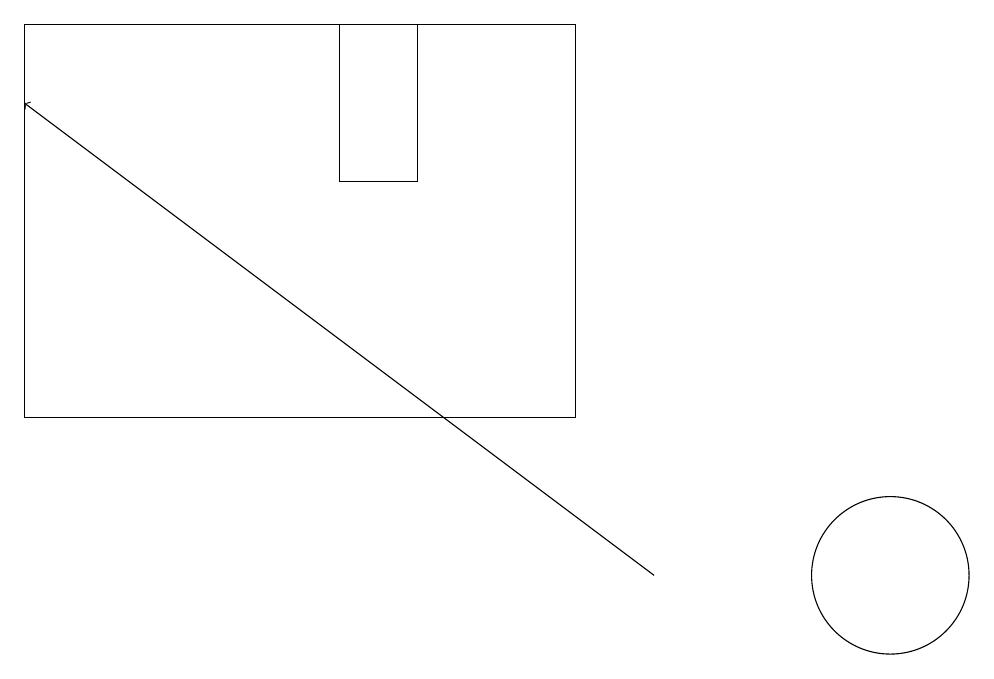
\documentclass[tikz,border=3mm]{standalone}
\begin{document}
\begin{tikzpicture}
\draw (11,12) circle (1);
\draw (4,17) rectangle (5,19);
\draw[->] (8,12) -- (0,18);
\draw (7,19) rectangle (0,14);
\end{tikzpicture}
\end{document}